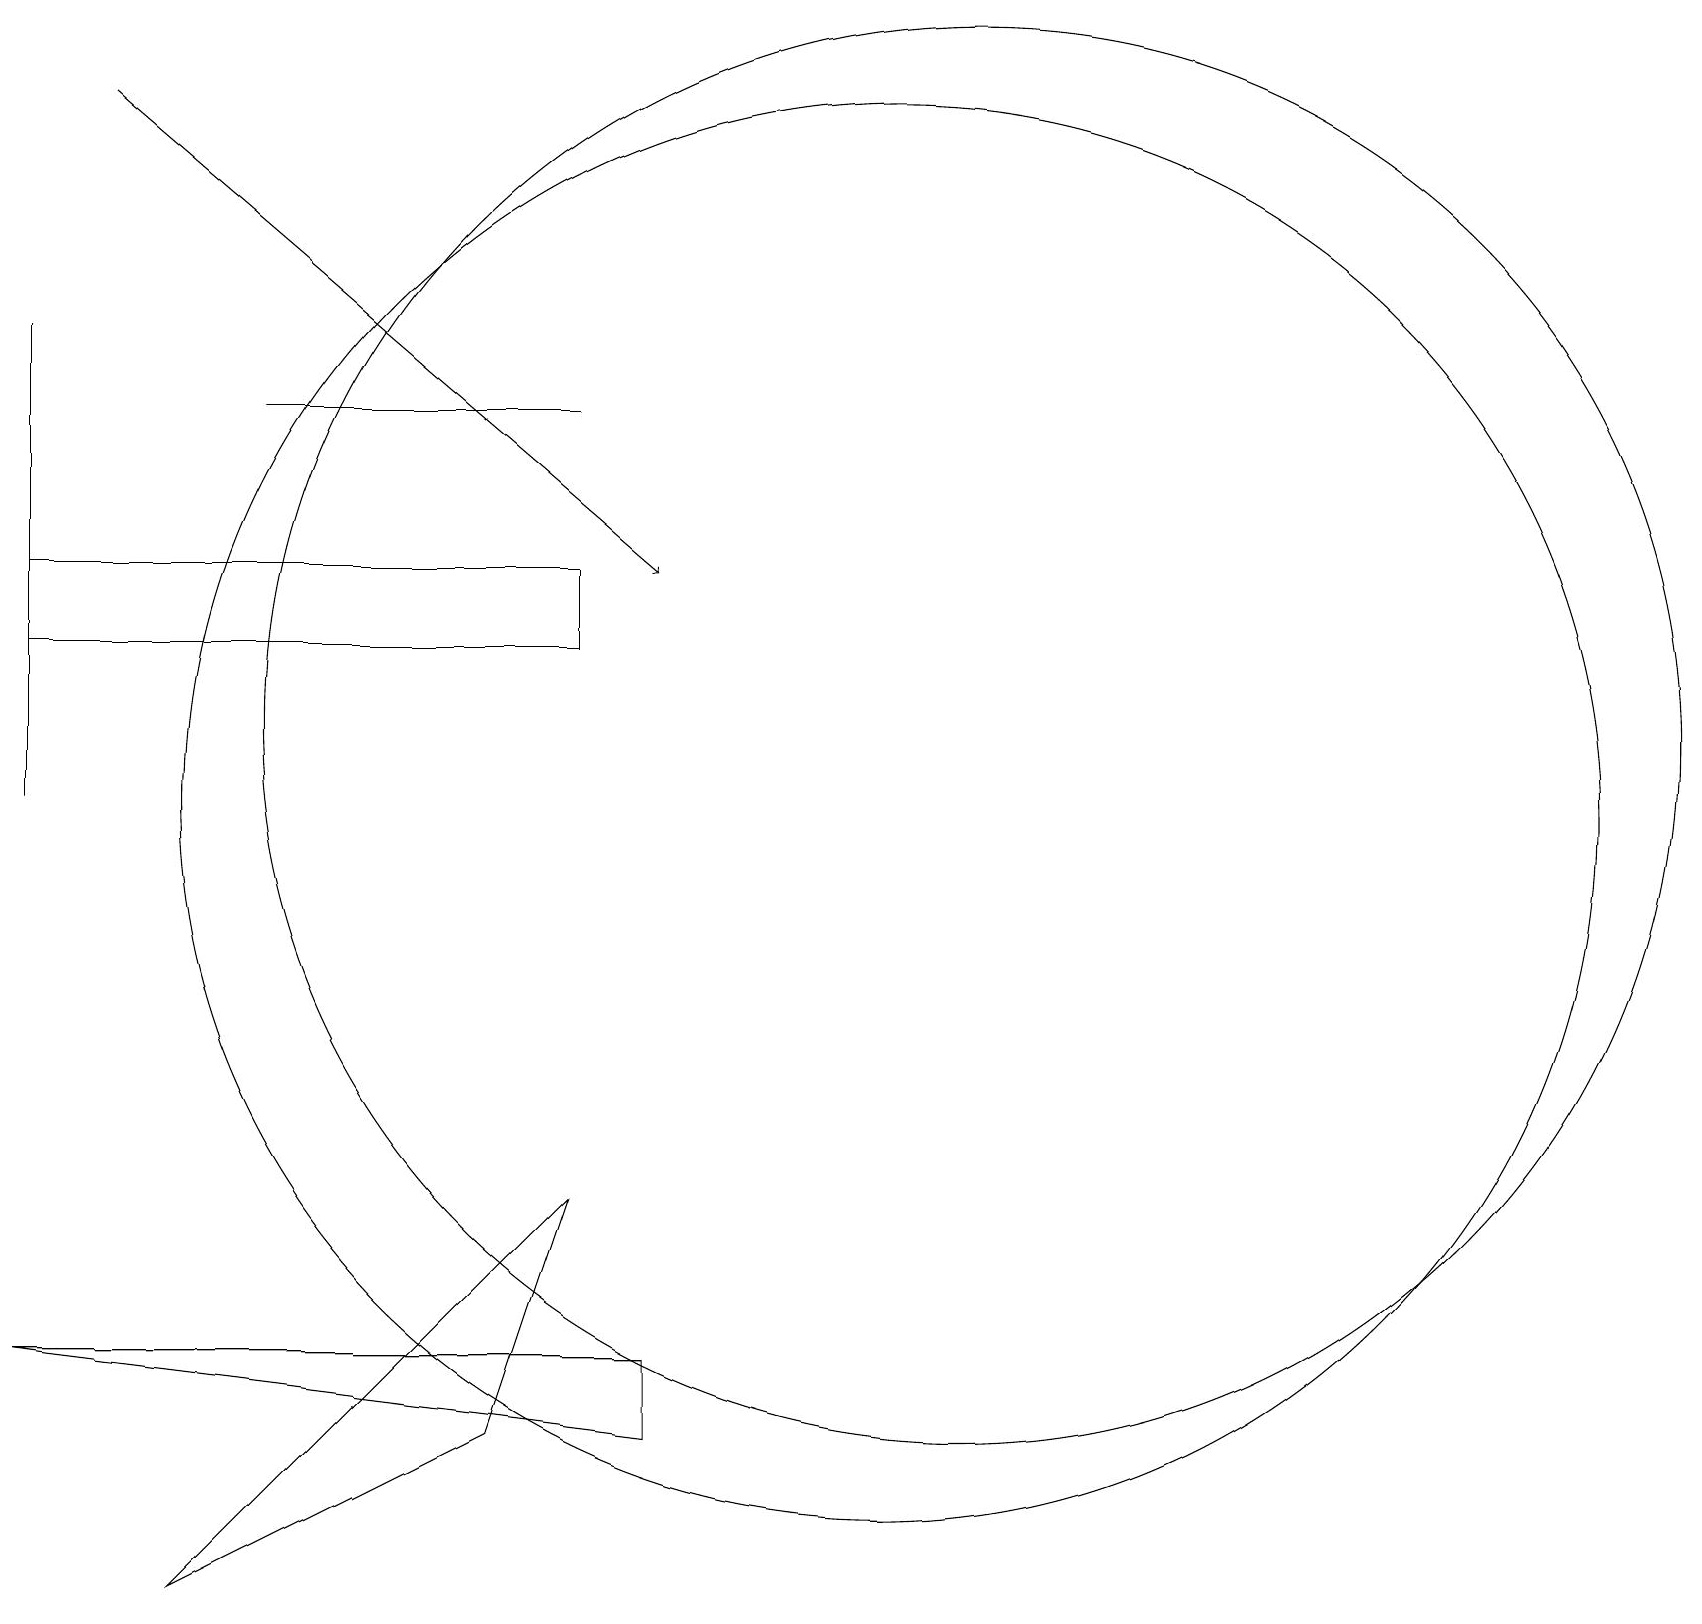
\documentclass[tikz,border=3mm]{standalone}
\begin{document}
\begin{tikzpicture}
\draw (7,15) rectangle (3,15);
\draw (0,16) rectangle (0,10);
\draw (7,12) rectangle (0,13);
\draw (12,11) circle (9);
\draw (7,5) -- (6,2) -- (2,0) -- cycle;
\draw[->] (1,19) -- (8,13);
\draw (11,10) circle (9);
\draw (0,3) -- (8,3) -- (8,2) -- cycle;
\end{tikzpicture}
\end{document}